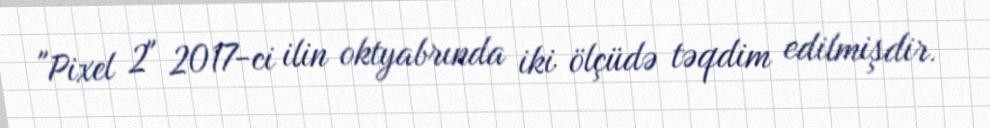
"Pixel 2" 2017-ci ilin oktyabrında iki ölçüdə təqdim edilmişdir.